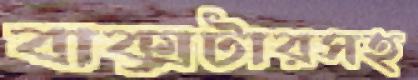
বাক্সটারসহ